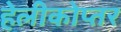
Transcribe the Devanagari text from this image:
हेलीकोप्तर